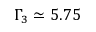
\Gamma _ { 3 } \simeq 5 . 7 5